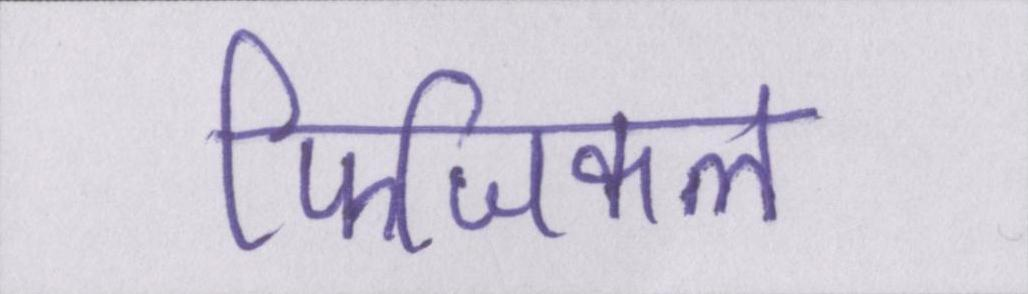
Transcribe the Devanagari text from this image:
फिजिकल